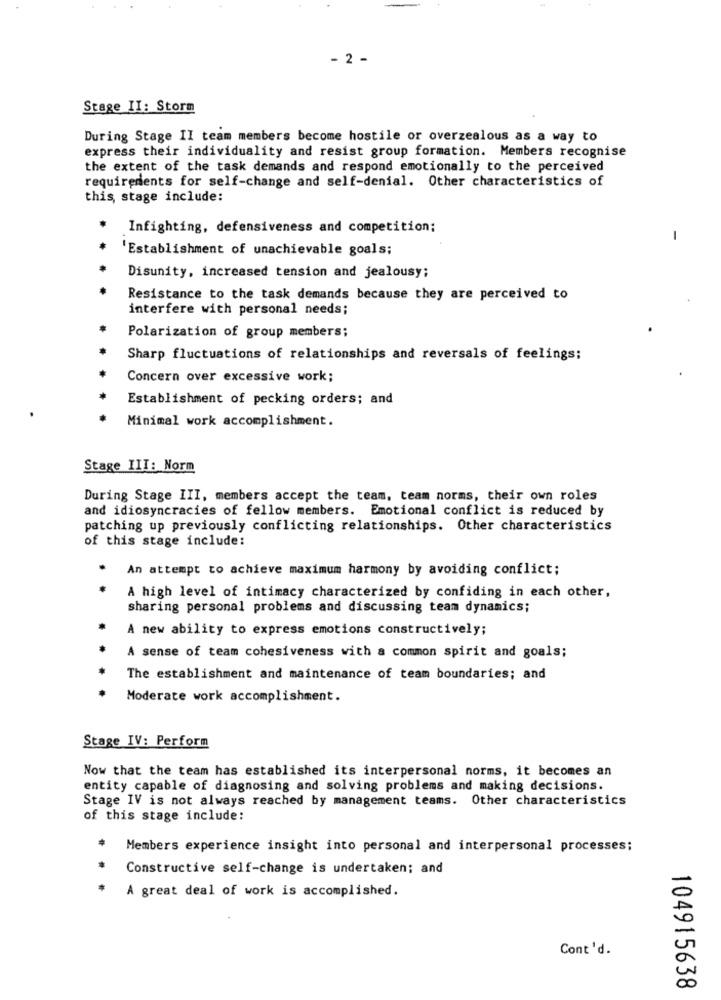
- 2 -
Stage II: Storm
During Stage II team members become hostile or overzealous as a way to
express their individuality and resist group formation. Members recognise
the extent of the task demands and respond emotionally to the perceived
requirements for self-change and self-denial. Other characteristics of
this, stage include:
Infighting, defensiveness and competition:
1
Establishment of unachievable goals;
Disunity, increased tension and jealousy;
Resistance to the task demands because they are perceived to
interfere with personal needs;
Polarization of group members;
Sharp fluctuations of relationships and reversals of feelings;
Concern over excessive work;
Establishment of pecking orders; and
Minimal work accomplishment.
Stage III: Norm
During Stage III, members accept the team, team norms, their own roles
and idiosyncracies of fellow members. Emotional conflict is reduced by
patching up previously conflicting relationships. Other characteristics
of this stage include:
An attempt to achieve maximum harmony by avoiding conflict;
A high level of intimacy characterized by confiding in each other,
sharing personal problems and discussing team dynamics;
A new ability to express emotions constructively;
A sense of team cohesiveness with a common spirit and goals;
The establishment and maintenance of team boundaries; and
Moderate work accomplishment.
Stage IV: Perform
Now that the team has established its interpersonal norms, it becomes an
entity capable of diagnosing and solving problems and making decisions.
Stage IV is not always reached by management teams. Other characteristics
of this stage include:
Members experience insight into personal and interpersonal processes;
Constructive self-change is undertaken; and
A great deal of work is accomplished.
Cont 'd.
104915638